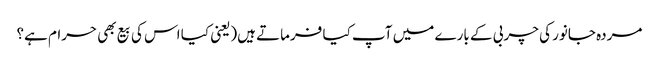
مردہ جانور کی چربی کے بارے میں آپ کیا فرماتے ہیں(یعنی کیا اس کی بیع بھی حرام ہے؟